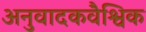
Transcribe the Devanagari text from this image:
अनुवादकवैश्विक